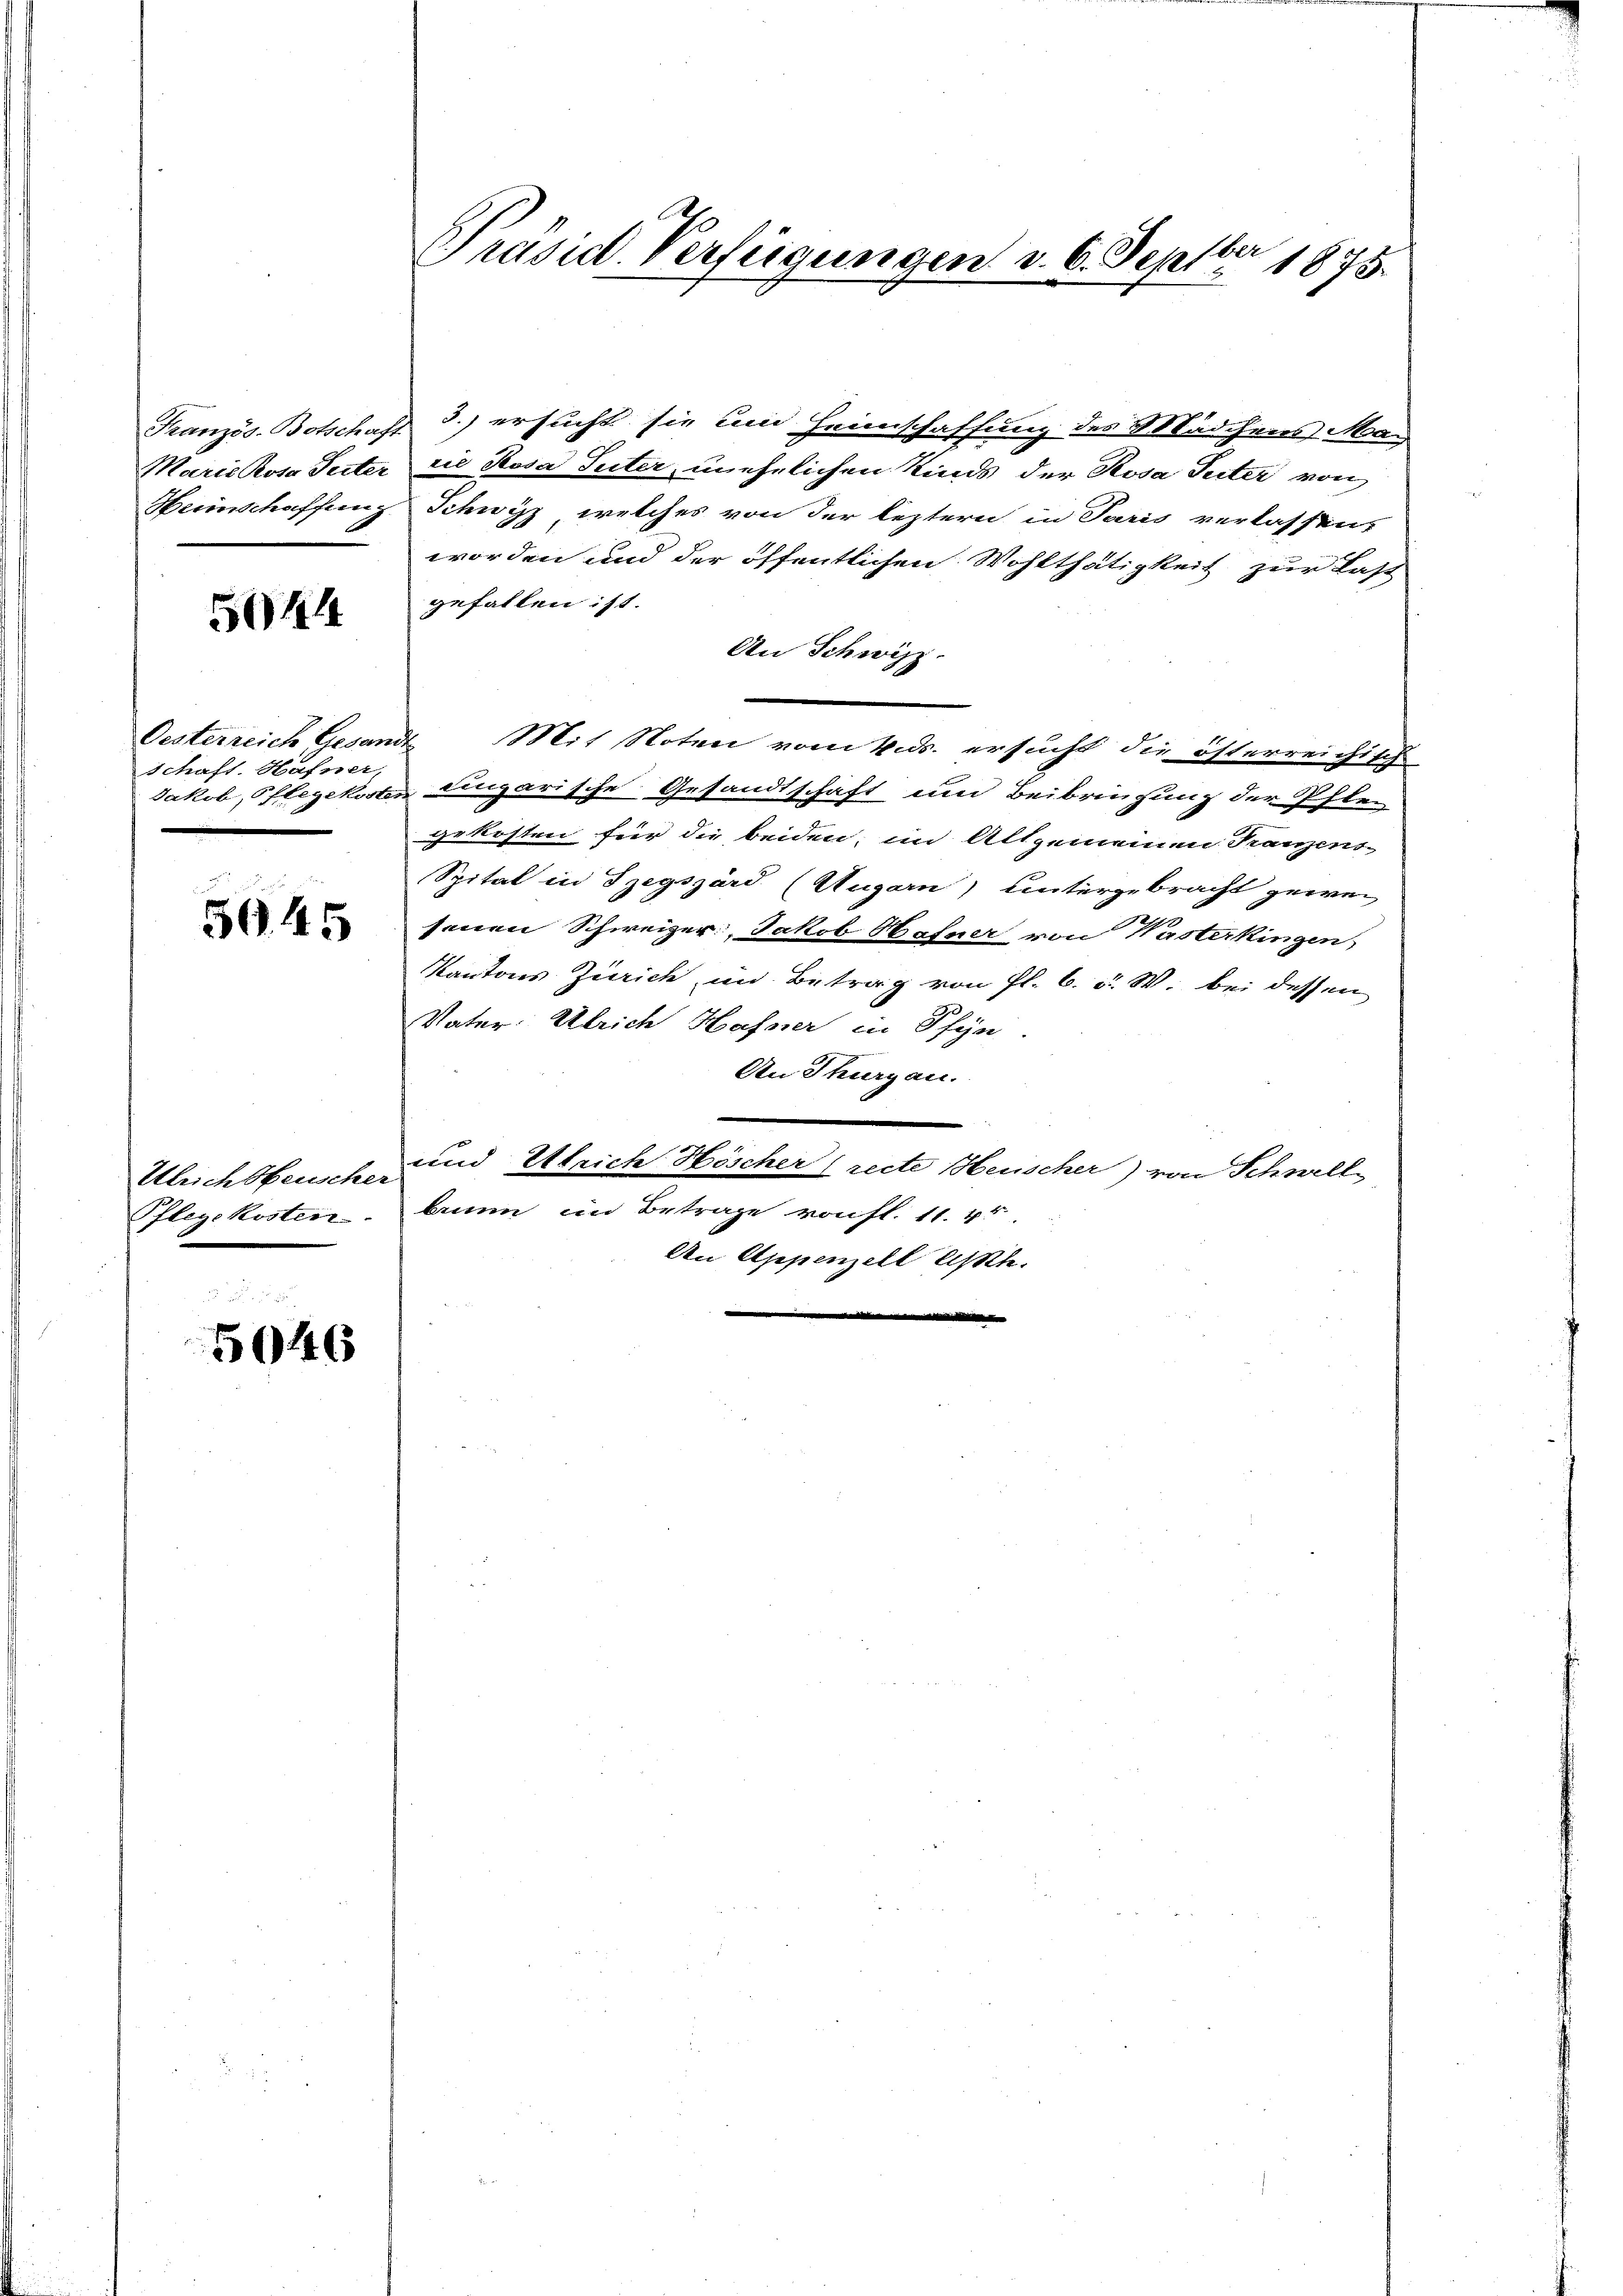
5044

Oesterreich Gesandt
Schaft. Hafner,

5945

Ulrichtbeusche

5046

Präsid. Verfügungen d. 6. Septbr 1875.

Französ. Botschaft 3.) ersucht sie und Heimschaffung des Mädchens Ma¬
Marie Kosa Seiter die Rosa Suter, unehelichen Kinds der Rosa Seiter von
Heinschaffung Schwyz, welches von der leztern in Paris verlassen,
worden und der öffentlichen Wohlthätigkeit zur Last
gefallen ist.
An Schwizz
Mit Noten vom 4. ds. ersucht die österreichisch
Jakob, Pflegekosten dingarische Gesandtschaft um Beibringung der Pflen
gekosten für die beiden; im Allgemeinen Tanzens-
Spital in Szegszárd (Augarn) untergebracht gewei
senen Schweizer, Jakob Hafner von Wasterkingen
Kantons Zürich im Betrag von fl. 6. d. W. bei dessen
Vater: Ulrich Hafner in Pfyn
An Thurgau.
und Errich Höscher (recte Heuscher) von Schwell
24
Pflegekostenbrunn im Betrage von fl. 11. 45.
An Appenzell lasste.
di die |